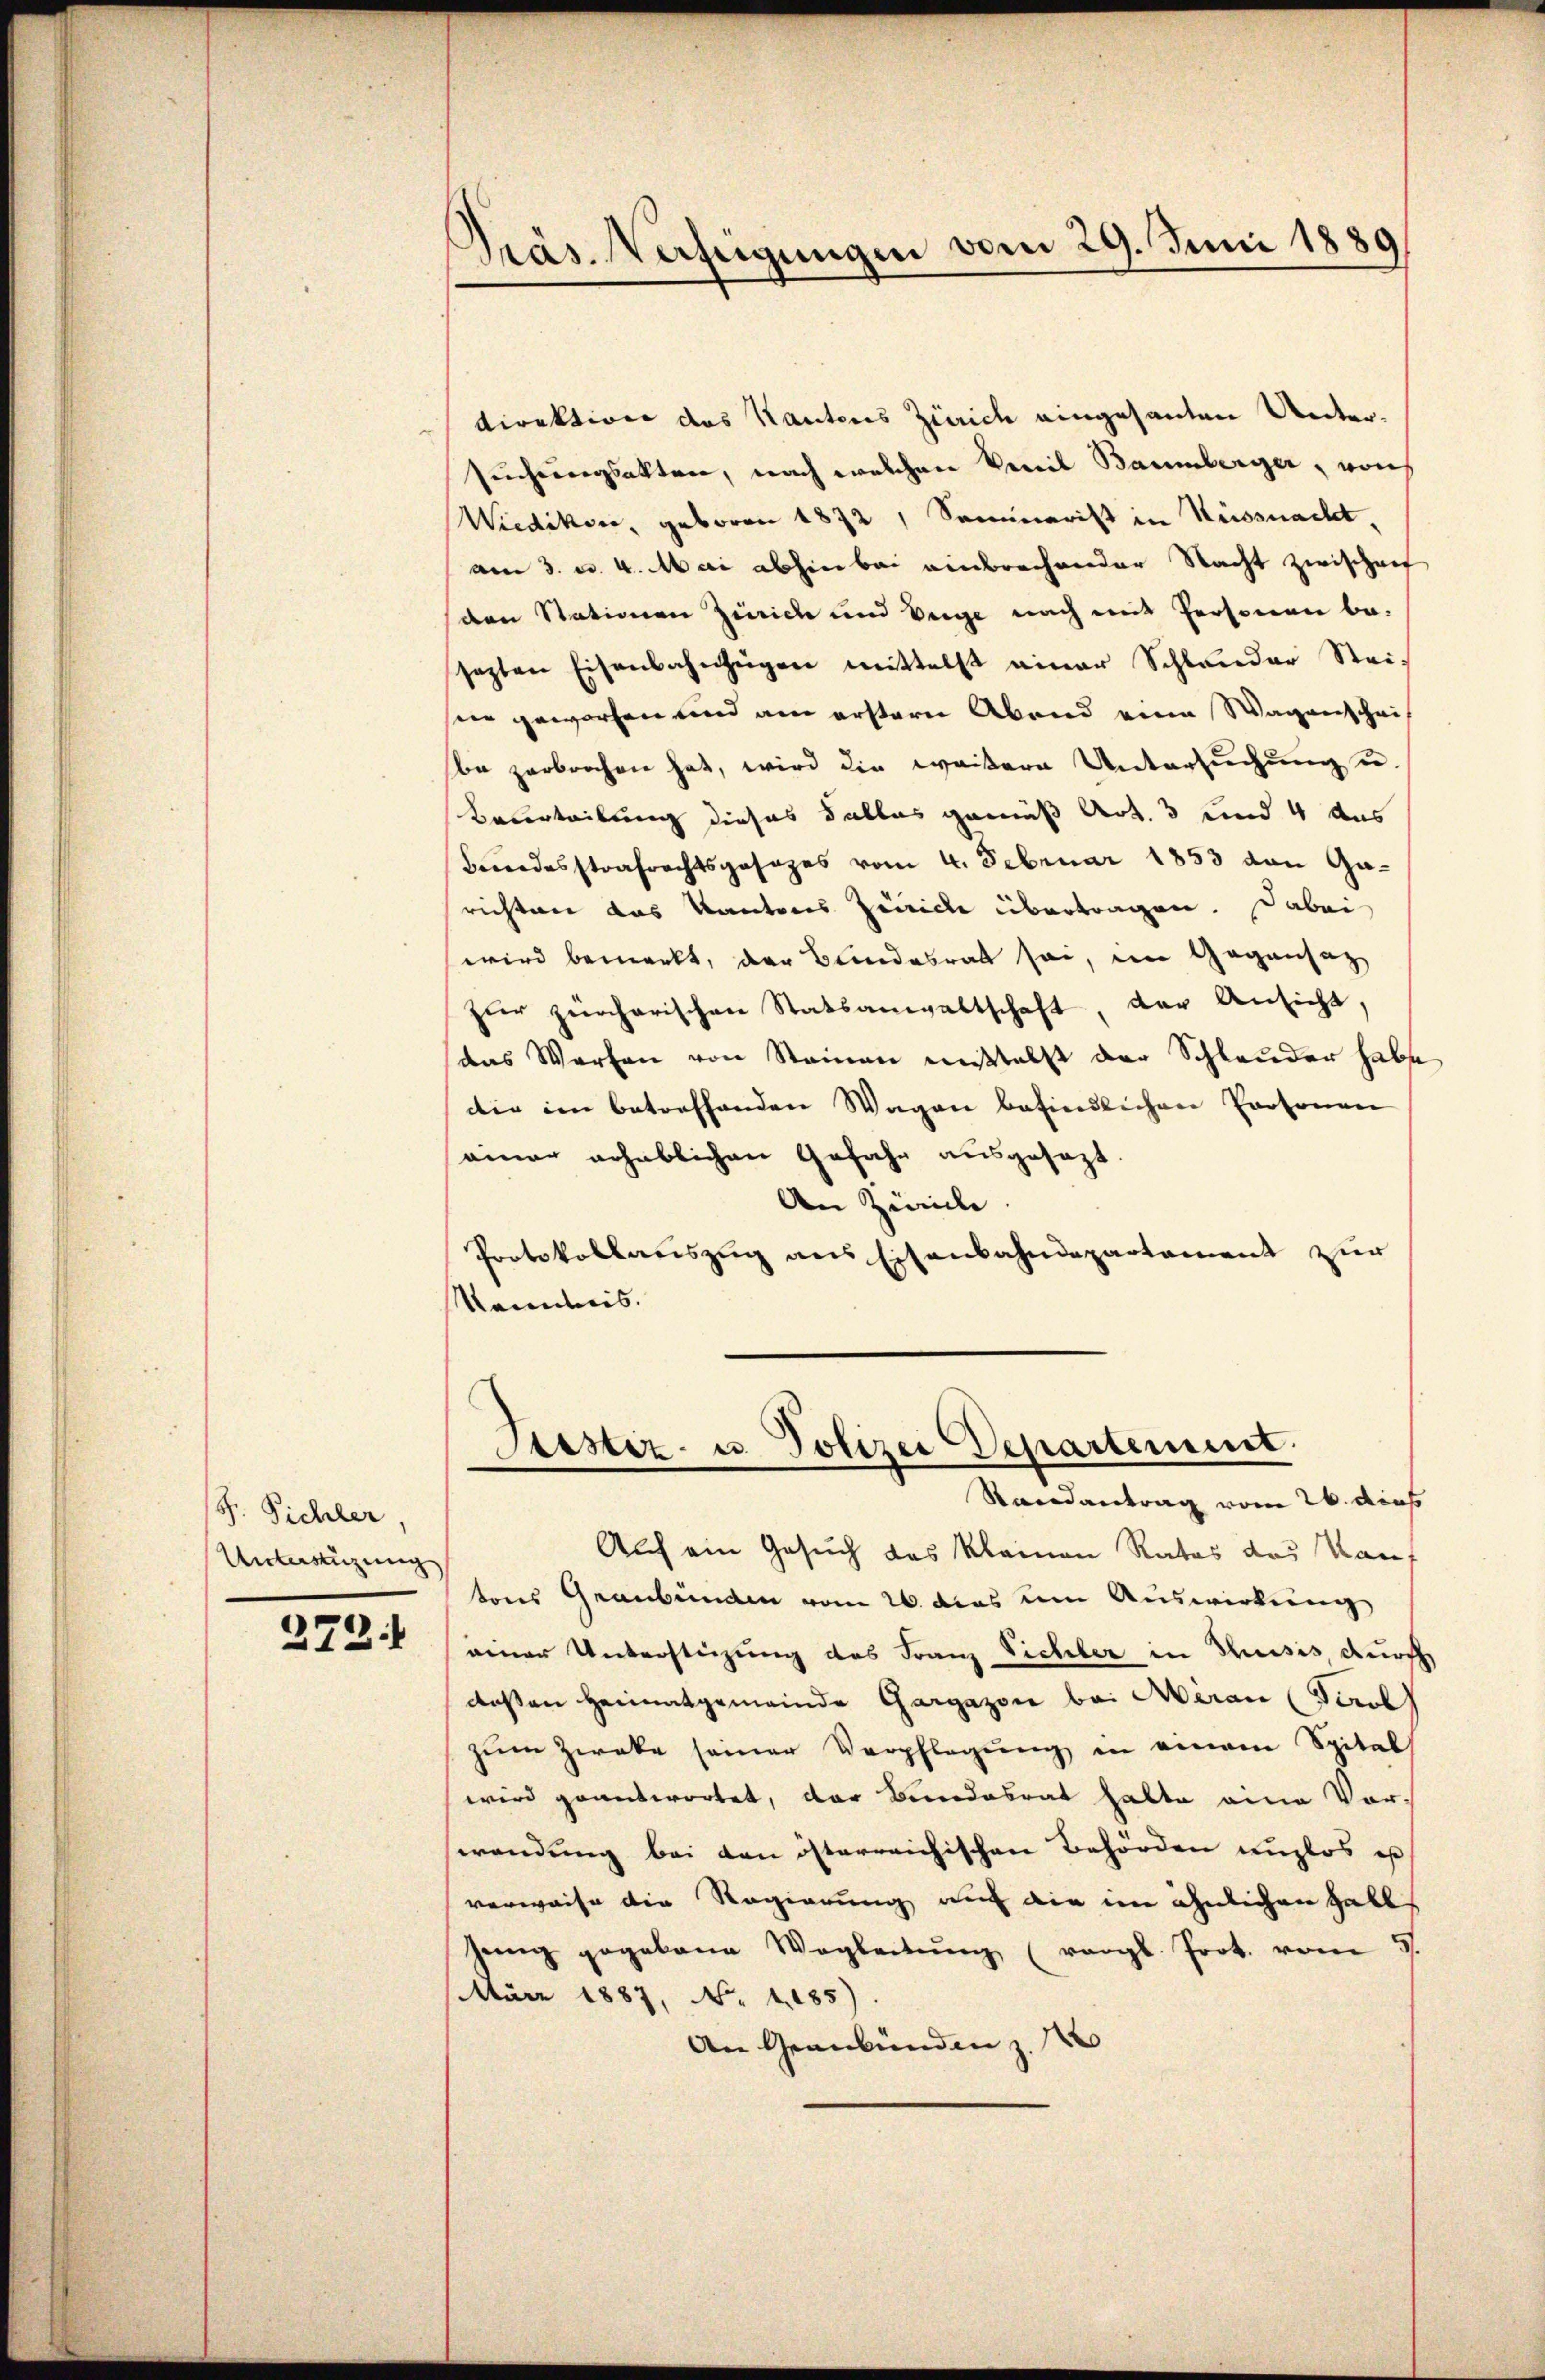
F. Pichler,
Unterstüzung

272

Direktion des Kantons Zürich eingesanten Untersuchungsakten, nach welchen Vereil Baumberger, von
Wiedikon, geboren 1872, Seminarist in Küssnacht,
am 3. v. 4. Mai abhin bei einbrechender Nacht zwischenf
den Stationen Zürich und beige nach mit Personen be-
sezten Eisenbahnzügen mittelst einer Schlander Steisien geworfen und am erstern Abend eine Wagenschrif
be zerbrochen hat, wird die weitere Untersuchung u.
Beurteilung dieses Falles gemäß Art. 3 und 4 aus
Benodesstrafrechtsgesezes vom 4. Februar 1853 den Garichten das Kantons Zürich übertragen. Dabei
wird bemerkt, der Bundesrat sei, im Gegensatz
zŭr zürcherischen Statsanwaltschaft, der Ansicht,
das Worten von Stainen musstellt der Schleuder habe
die im betreffenden Wagen befindlichen Personen
einer erheblichen Gefahr ausgesezt.
An Zürich
Protokollauszug aus Eisenbahndepartement zur
Kenntnis.

Präs. Verfügungen vom 29. Juni 1889

Astiz- u. Polizei Departement.
Randantrag vom 26. dies

Auch ein Gesuch das klainen Rates des Kauf
tons Graubünden vom 26. das um Auswirkung
einer Unterstüzung des Franz Sichler in Thusis, durch
deßen Heimatgemeinde Gargazone bei Meran (Tirol
zŭm Zweke seiner Verpflegŭng in einem Spital
wird geantwortet, der Bundesrat hatte eine Vor-
wendung bei den österreichischen Behörden unglos ist
verweise die Regierung auch die im ähnlichen Halbs
jenig gegebene Wegleitŭng (vergl. Prot. vom 5.
März 1887, N. 1285).
An Graubünden z